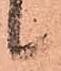
候